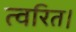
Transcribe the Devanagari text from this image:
त्वरित।